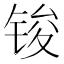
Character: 𮸏